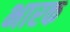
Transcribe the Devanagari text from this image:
भारक